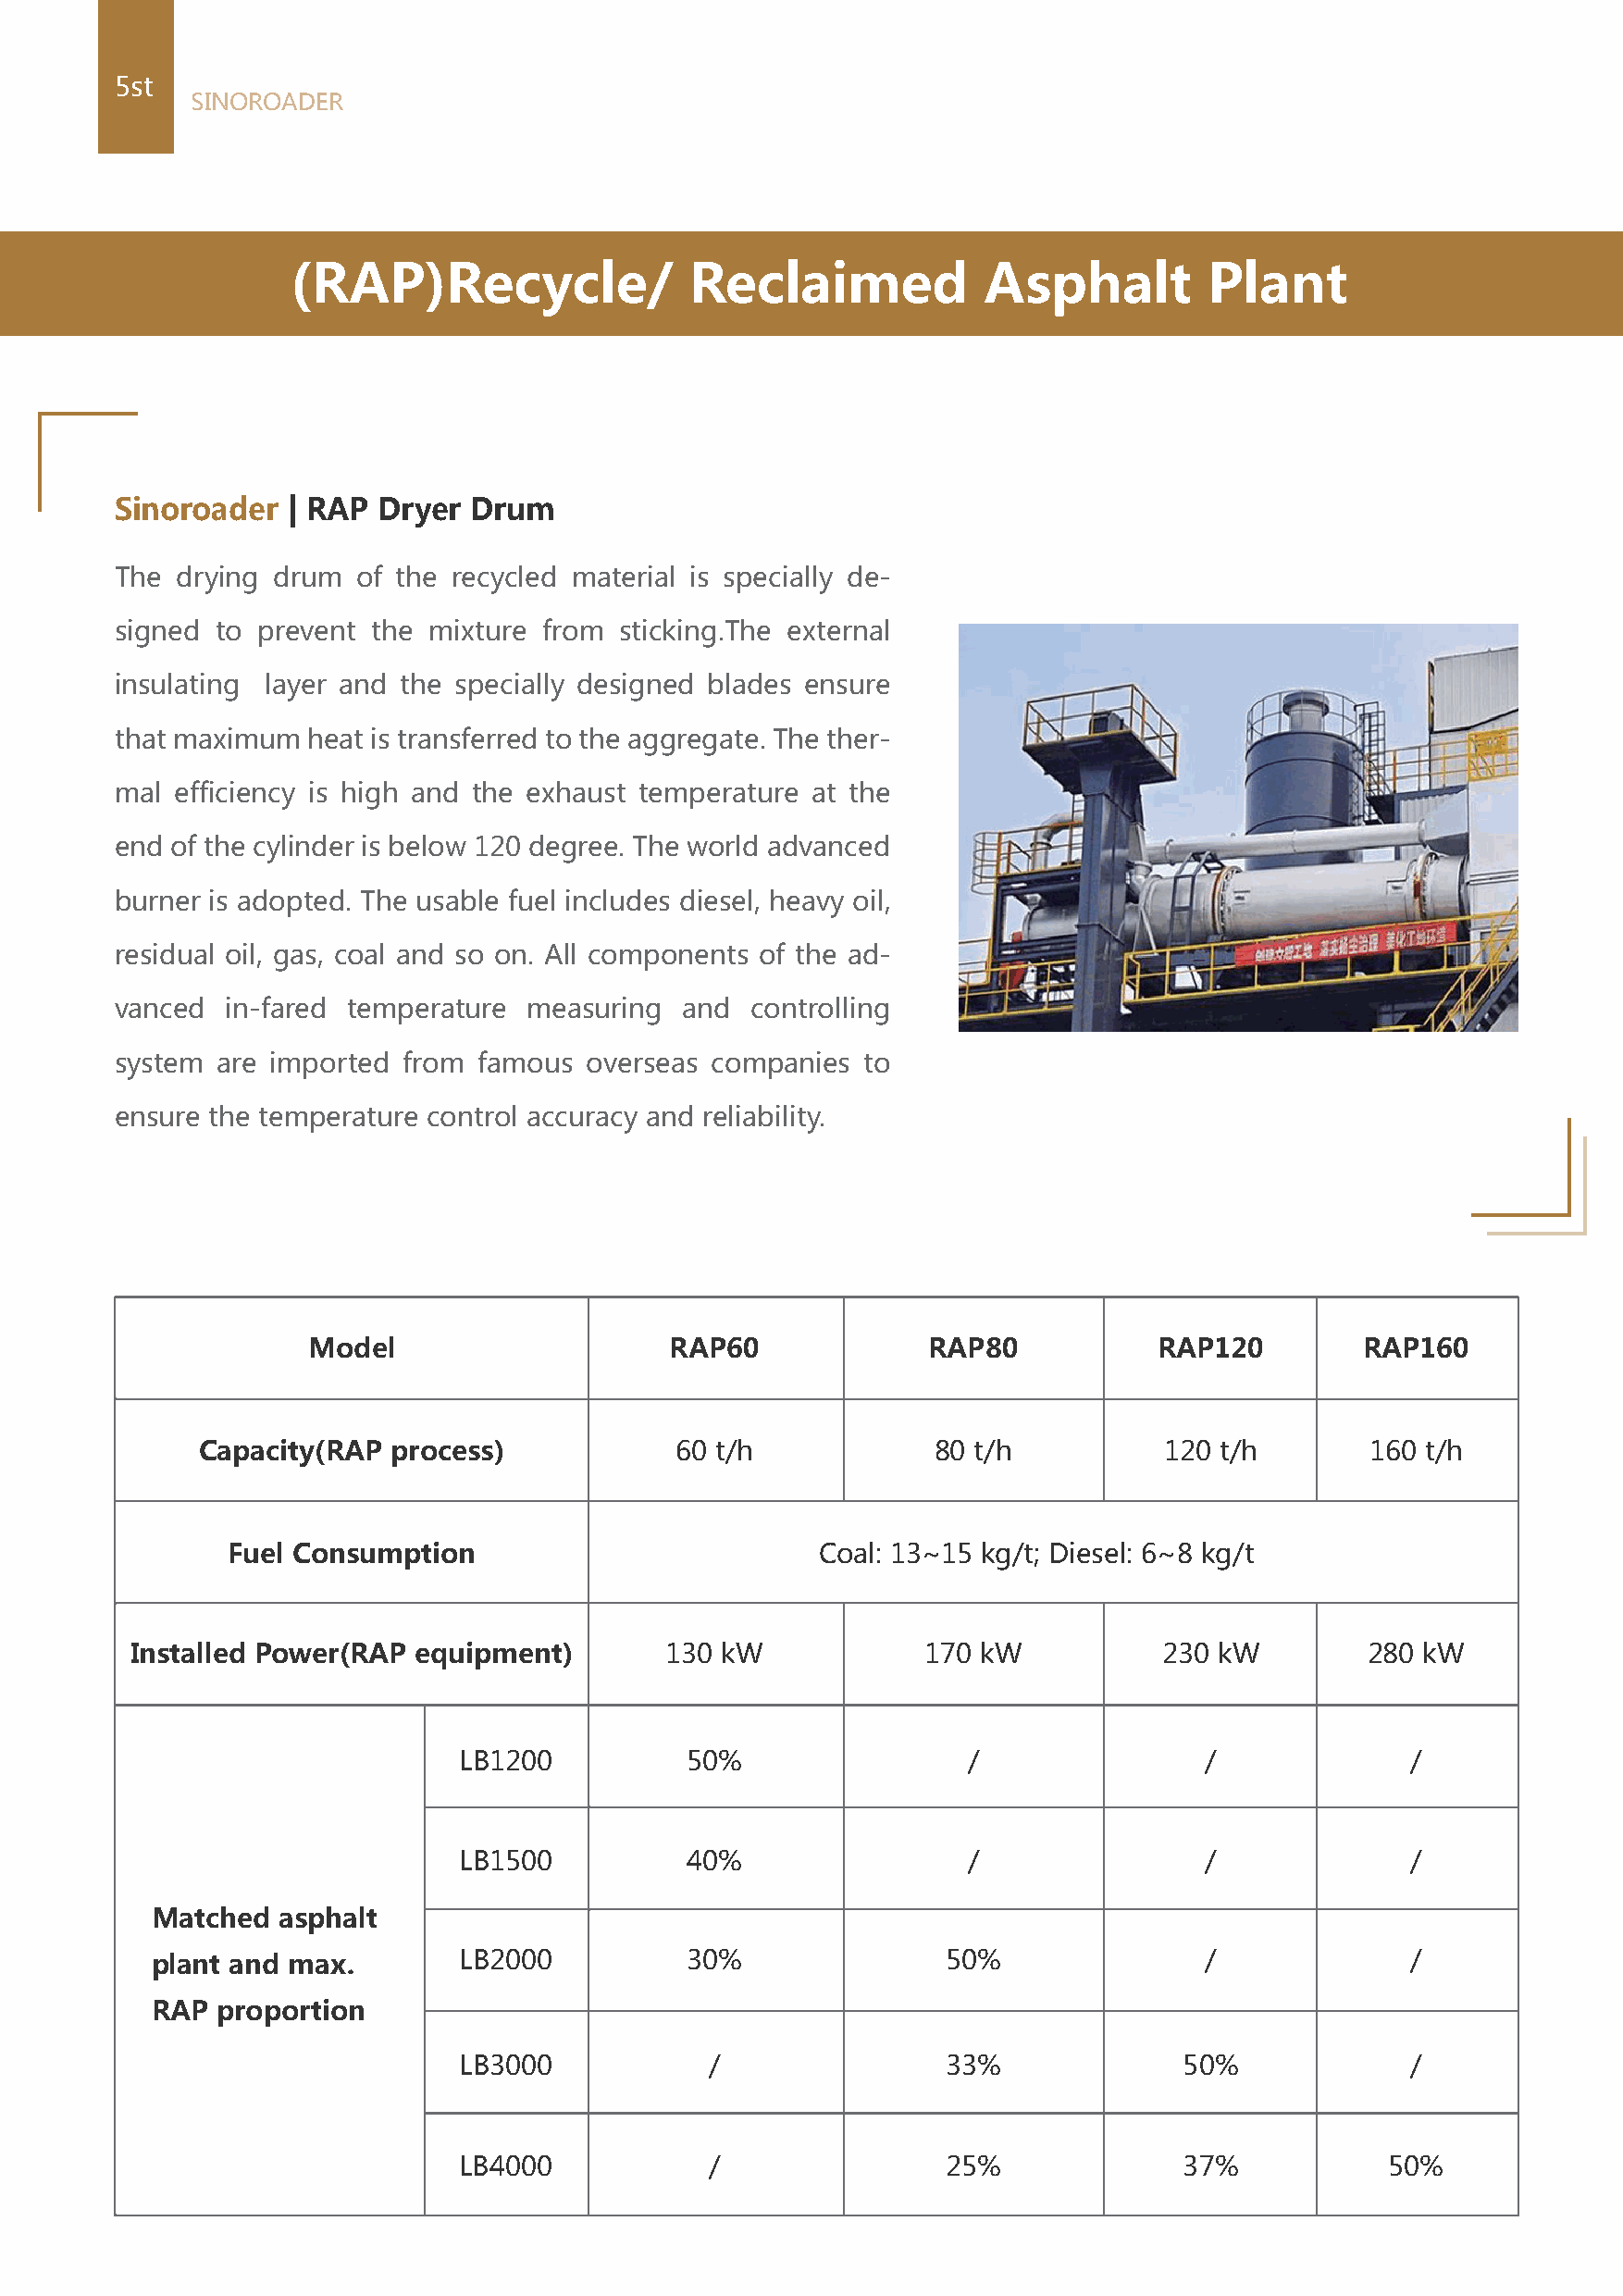
5st
 SINOROADER
 (RAP)Recycle/               Reclaimed            Asphalt         Plant
 Sinoroader   | RAP Dryer  Drum
 The  drying drum  of the recycled material is specially de-
 signed to prevent  the mixture from sticking.The external
 insulating layer and the specially designed blades ensure
 that maximum  heat is transferred to the aggregate. The ther-
 mal  efficiency is high and the exhaust temperature at the
 end of the cylinder is below 120 degree. The world advanced
 burner is adopted. The usable fuel includes diesel, heavy oil,
 residual oil, gas, coal and so on. All components of the ad-
 vanced  in-fared temperature  measuring  and  controlling
 system  are imported from famous  overseas companies  to
 ensure the temperature control accuracy and reliability.
 Model                     RAP60             RAP80            RAP120        RAP160
 Capacity(RAP  process)            60 t/h             80 t/h          120 t/h        160 t/h
 Fuel Consumption                           Coal: 13~15 kg/t; Diesel: 6~8 kg/t
 Installed Power(RAP  equipment)        130 kW            170 kW           230 kW         280 kW
 LB1200          50%                 /                /              /
 LB1500          40%                 /                /              /
 Matched  asphalt
 plant and max.        LB2000          30%                50%               /              /
 RAP proportion
 LB3000            /                33%              50%             /
 LB4000            /                25%              37%           50%